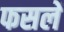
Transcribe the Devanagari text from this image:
फसलेँ